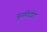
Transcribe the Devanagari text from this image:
पुननिर्धारण